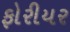
ફોરીયર